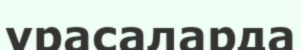
урасаларда